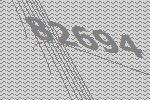
82694